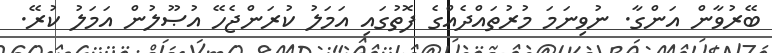
ބޭރުވާން އަންގާ. ނުވިނަމަ މުރުތައްދެއްގެ ފޮތުގައި އަމަލު ކުރަންޖެހޭ އުޞޫލުން އަމަލު ކުރޭ.